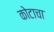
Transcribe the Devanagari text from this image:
कोटाचा